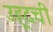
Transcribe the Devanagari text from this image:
उहूदची